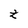
Character: Z